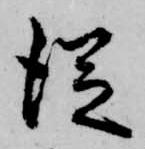
従